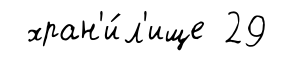
хран'и́л'ище 29